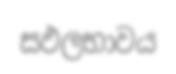
සඵලභාවය